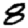
Digit: 8